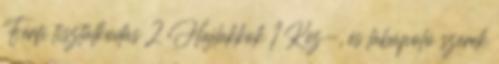
Férfi tisztálkodás 2 Hajlakkok 1 Kéz-, és lábápoló szerek